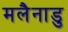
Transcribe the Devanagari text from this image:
मलैनाडु